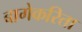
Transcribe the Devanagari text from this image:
बागेकरिता